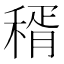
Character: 稰